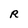
Character: R